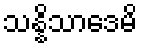
သန္နိသာဒေမိ